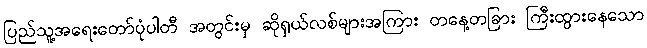
ပြည်သူ့အရေးတော်ပုံပါတီ အတွင်းမှ ဆိုရှယ်လစ်များအကြား တနေ့တခြား ကြီးထွားနေသော